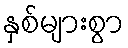
နှစ်များစွာ